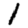
Digit: 1